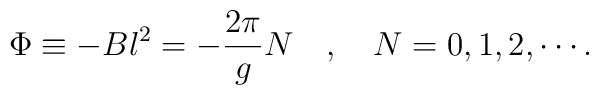
\Phi\equiv-Bl^{2}=-\frac{2\pi}{g}N\quad,\quad N=0,1,2,\cdots.